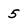
Character: 5